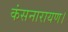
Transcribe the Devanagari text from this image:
कंसनारायण।